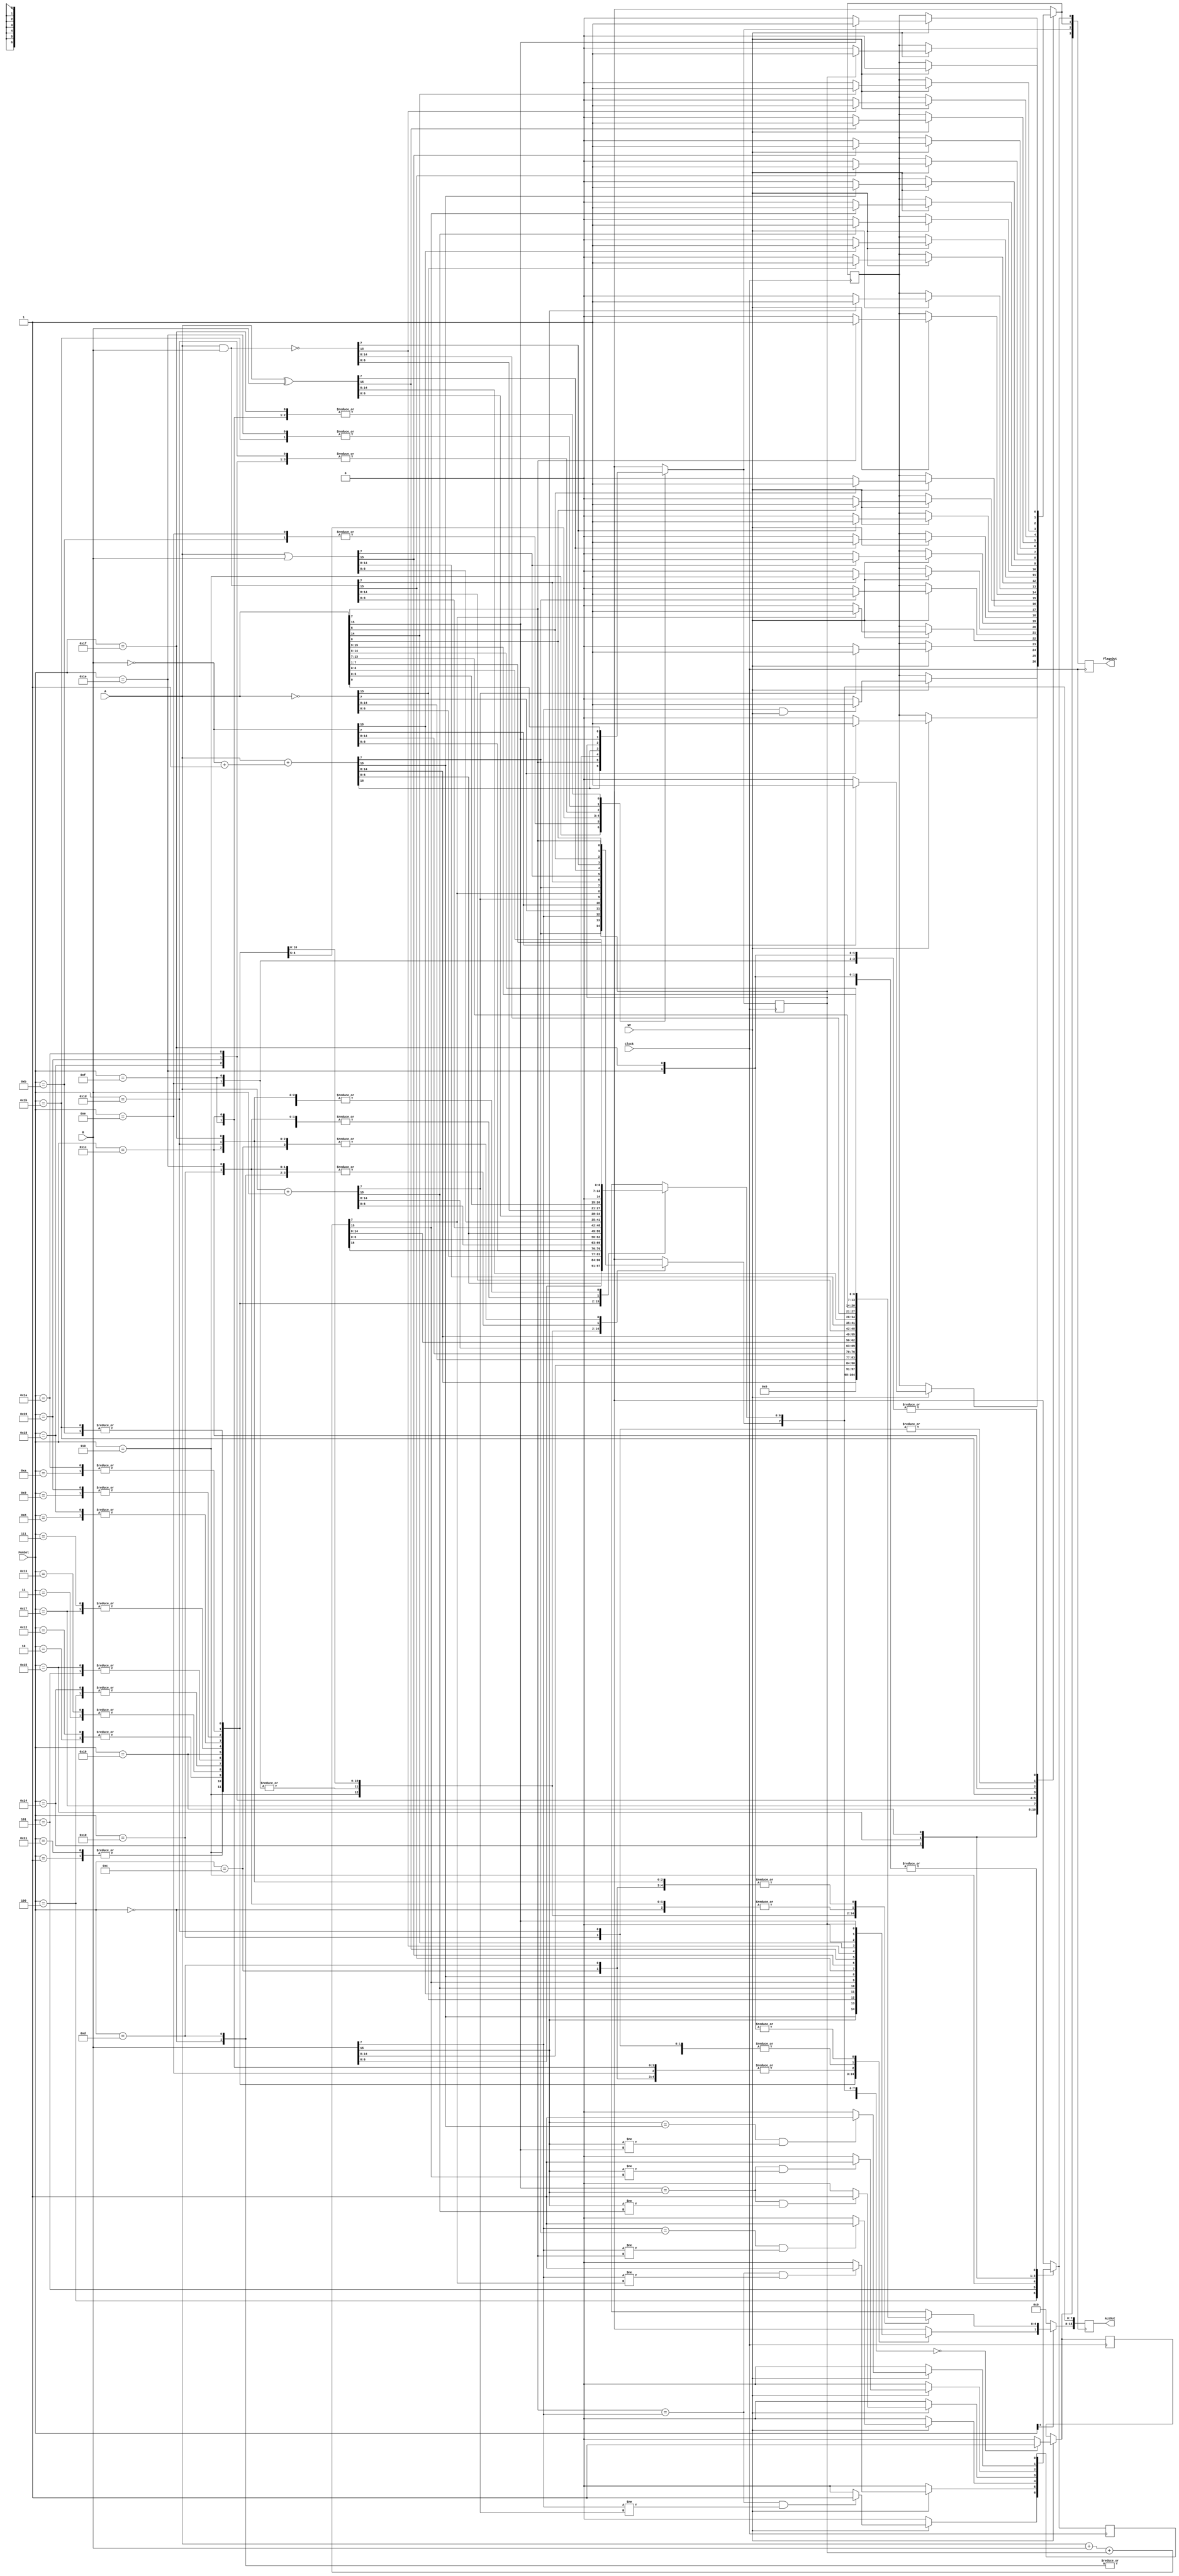
`timescale 1ns / 1ps
//////////////////////////////////////////////////////////////////////////////////
// Company: 
// Engineer: 
// 
// Design Name: 
// Module Name: ArithmeticLogicUnit
// Project Name: 
// Target Devices: 
// Tool Versions: 
// Description: 
// 
// Dependencies: 
// 
// Revision:
// Revision 0.01 - File Created
// Additional Comments:
// 
//////////////////////////////////////////////////////////////////////////////////

///////////////////////////////////////////////////////////
//                        Part 3                         //
///////////////////////////////////////////////////////////

module ArithmeticLogicUnit(A, B, FunSel, ALUOut, FlagsOut,Clock,WF);
    input wire [15:0] A;
    input wire [15:0] B;
    input wire [4:0] FunSel;
    output reg [15:0] ALUOut; 
    input wire Clock;
    input wire WF;
    output reg [3:0] FlagsOut; // Flags: Zero, Carry, Negative, Overflow
    reg Z = 0;
    reg C = 0;
    reg N = 0;
    reg O = 0; 
    // Zero|Carry|Negative|Overflow
    
    always @(posedge Clock) begin
        case (FunSel)
        5'b00000: // OutALU = A
            begin
                ALUOut = A;

                // FLAG UPDATE
                if ( WF == 1) begin
                    if (ALUOut[7] == 1) begin // Negative
                        N = 1;
                    end else begin
                        N = 0;
                    end
                end
            end

        5'b00001: // OutALU = B
            begin
                ALUOut = B;
                if ( WF == 1) begin
                // FLAG UPDATE
                    if (ALUOut[7] == 1 && WF == 1) begin // Negative
                        N = 1;
                    end else begin
                        N = 0;
                    end
                end
            end

        //-----------------------//

        5'b00010: // OutALU = NOT A
            begin
                ALUOut = ~A;
                
                // FLAG UPDATE
                if ( WF == 1) begin
                    if (ALUOut[7] == 1 ) begin // Negative
                        N = 1;
                    end else begin
                        N = 0;
                    end
                end
            end

        5'b00011: // OutALU = NOT B
            begin
                ALUOut = ~B;

                // FLAG UPDATE
                if ( WF == 1) begin
                    if (ALUOut[7] == 1) begin // Negative
                        N = 1;
                    end else begin
                        N = 0;
                    end
                end
            end

        //-----------------------//

        5'b00100: // OutALU = A + B 
            begin
                O = 0;
                ALUOut = A + B ;

                // FLAG UPDATE
                if ( WF == 1) begin
                    if ((A[7] == B[7]) && (B[7] != ALUOut[7])) begin
                        O = 1;
                    end
                    if (ALUOut[7] == 1) begin // Negative
                        N = 1;
                    end else begin
                        N = 0;
                    end
                end
            end

        5'b00101: // OutALU = A + B + Carry
            begin
                O = 0;
                {C, ALUOut} = {1'b0, A} + {1'b0, B} + {8'd0, C};

                // FLAG UPDATE
                if ( WF == 1) begin
                    if ((A[7] == B[7]) && (B[7] != ALUOut[7])) begin
                        O = 1;
                    end
                    if (ALUOut[7] == 1) begin // Negative
                        N = 1;
                    end else begin
                        N = 0;
                    end
                end
            end

        5'b00110: // OutALU = A - B
            begin
                O = 0;
                {C, ALUOut} = {1'b0, A} + {1'b0, (~B + 8'd1)};
                
                // FLAG UPDATE
                if ( WF == 1) begin
                    if ((B[7] == ALUOut[7]) && (B[7] != A[7])) begin
                        O = 1;
                    end
                    if (ALUOut[7] == 1) begin // Negative
                        N = 1;
                    end else begin
                        N = 0;
                    end
                end
            end
        5'b00111: // OutALU = A AND B
            begin
                ALUOut = A & B;

                // FLAG UPDATE
                if ( WF == 1) begin
                    if (ALUOut[7] == 1) begin // Negative
                        N = 1;
                    end else begin
                        N = 0;
                    end
                end
            end

        5'b01000: // OutALU = A OR B
            begin
                ALUOut = A | B;

                // FLAG UPDATE
                if ( WF == 1) begin
                    if (ALUOut[7] == 1) begin // Negative
                        N = 1;
                    end else begin
                        N = 0;
                    end
                end
            end
        5'b01001: // OutALU = A XOR B
            begin
                ALUOut = A ^ B;

                // FLAG UPDATE
                if ( WF == 1) begin
                    if (ALUOut[7] == 1) begin // Negative
                        N = 1;
                    end else begin
                        N = 0;
                    end
                end
            end

        5'b01010: // OutALU = A NAND B
            begin
                ALUOut = ~(A & B);

                // FLAG UPDATE
                if ( WF == 1) begin
                    if (ALUOut[7] == 1) begin // Negative
                        N = 1;
                    end else begin
                        N = 0;
                    end
                end
            end
        //-----------------------//

        5'b01011: // OutALU = LSL A
            begin
                C = A[7];
                ALUOut = A;
                ALUOut = ALUOut << 1;

                // FLAG UPDATE
                if ( WF == 1) begin
                    if (ALUOut[7] == 1) begin // Negative
                        N = 1;
                    end else begin
                        N = 0;
                    end
                end
            end
        5'b01100: // OutALU = LSR A
            begin
                C = A[0];
                ALUOut = A;
                ALUOut = ALUOut >> 1;

                // FLAG UPDATE
                if ( WF == 1) begin
                    if (ALUOut[7] == 1) begin // Negative
                        N = 1;
                    end else begin
                        N = 0;
                    end        
                end
            end

        5'b01101: // OutALU = ASR A
            begin
                ALUOut = A;
                ALUOut = ALUOut >> 1;
                ALUOut[7] = ALUOut[6];
                
                // FLAG UPDATE
                if ( WF == 1) begin
                    if (ALUOut[7] == 1) begin // Negative
                        N = 1;
                    end else begin
                        N = 0;
                    end
                end
            end
         5'b01110: // OutALU = CSL A
            begin
                ALUOut = {C, A[6:0]};
                C = A[7];

                // FLAG UPDATE
                if ( WF == 1) begin
                    if (ALUOut[7] == 1) begin // Negative
                        N = 1;
                    end else begin
                        N = 0;
                    end
                end
            end
        5'b01111: // OutALU = CSR A
            begin
                ALUOut = {C, A[7:1]};
                C = A[0];

                // FLAG UPDATE
                if ( WF == 1) begin
                    if (ALUOut[7] == 1) begin // Negative
                        N = 1;
                    end else begin
                        N = 0;
                    end
                end
            end


        5'b10000: // OutALU = A
            begin
                ALUOut = A;

                // FLAG UPDATE
                if ( WF == 1) begin
                    if (ALUOut[15] == 1) begin // Negative
                        N = 1;
                    end else begin
                        N = 0;
                    end
                end
            end
        5'b10001: // OutALU = B
            begin
                ALUOut = B;

                // FLAG UPDATE
                if ( WF == 1) begin
                    if (ALUOut[15] == 1) begin // Negative
                        N = 1;
                    end else begin
                        N = 0;
                    end
                end
            end
        //-----------------------//

        5'b10010: // OutALU = NOT A
            begin
                ALUOut = ~A;

                // FLAG UPDATE
                if ( WF == 1) begin
                    if (ALUOut[15] == 1) begin // Negative
                        N = 1;
                    end else begin
                        N = 0;
                    end
                end
            end
        5'b10011: // OutALU = NOT B
            begin
                ALUOut = ~B;

                // FLAG UPDATE
                if ( WF == 1) begin
                    if (ALUOut[15] == 1) begin // Negative
                        N = 1;
                    end else begin
                        N = 0;
                    end
                end
            end

        //-----------------------//

        5'b10100: // OutALU = A + B 
            begin
                O = 0;
                ALUOut = A + B;

                // FLAG UPDATE
                if ( WF == 1) begin
                    if ((A[15] == B[15]) && (B[15] != ALUOut[15])) begin
                        O = 1;
                    end
                    if (ALUOut[15] == 1) begin // Negative
                        N = 1;
                    end else begin
                        N = 0;
                    end
                end
            end

        5'b10101: // OutALU = A + B + Carry
            begin
                O = 0;
                {C, ALUOut} = {1'b0, A} + {1'b0, B} + {16'd0, C};

                // FLAG UPDATE
                if ( WF == 1) begin
                    if ((A[15] == B[15]) && (B[15] != ALUOut[15])) begin
                        O = 1;
                    end
                    if (ALUOut[15] == 1) begin // Negative
                        N = 1;
                    end else begin
                        N = 0;
                    end
                end
            end

        5'b10110: // OutALU = A - B
            begin
                O = 0;
                {C, ALUOut} = {1'b0, A} + {1'b0, (~B + 16'd1)};
                
                // FLAG UPDATE
                if ( WF == 1) begin
                    if ((B[15] == ALUOut[15]) && (B[15] != A[15])) begin
                        O = 1;
                    end
                    if (ALUOut[15] == 1) begin // Negative
                        N = 1;
                    end else begin
                        N = 0;
                    end
                end
            end
        5'b10111: // OutALU = A AND B
            begin
                ALUOut = A & B;

                // FLAG UPDATE
                if ( WF == 1) begin
                    if (ALUOut[15] == 1) begin // Negative
                        N = 1;
                    end else begin
                        N = 0;
                    end
                end
            end

        5'b11000: // OutALU = A OR B
            begin
                ALUOut = A | B;

                // FLAG UPDATE
                if ( WF == 1) begin
                    if (ALUOut[15] == 1) begin // Negative
                        N = 1;
                    end else begin
                        N = 0;
                    end
                end
            end

        5'b11001: // OutALU = A XOR B
            begin
                ALUOut = A ^ B;

                // FLAG UPDATE
                if ( WF == 1) begin
                    if (ALUOut[15] == 1) begin // Negative
                        N = 1;
                    end else begin
                        N = 0;
                    end
                end
            end

        5'b11010: // OutALU = A NAND B
            begin
                ALUOut = ~(A & B);

                // FLAG UPDATE
                if ( WF == 1) begin
                    if (ALUOut[15] == 1) begin // Negative
                        N = 1;
                    end else begin
                        N = 0;
                    end
                end
            end
        //-----------------------//

        5'b11011: // OutALU = LSL A
            begin
                C = A[15];
                ALUOut = A;
                ALUOut = ALUOut << 1;

                // FLAG UPDATE
                if ( WF == 1) begin
                    if (ALUOut[15] == 1) begin // Negative
                        N = 1;
                    end else begin
                        N = 0;
                    end
                end
            end

        5'b11100: // OutALU = LSR A
            begin
                C = A[0];
                ALUOut = A;
                ALUOut = ALUOut >> 1;

                // FLAG UPDATE
                if ( WF == 1) begin
                    if (ALUOut[15] == 1) begin // Negative
                        N = 1;
                    end else begin
                        N = 0;
                    end        
                end
            end


        5'b11101: // OutALU = ASR A
            begin
                ALUOut = A;
                ALUOut = ALUOut >> 1;
                ALUOut[15] = ALUOut[14];
                
                // FLAG UPDATE
                if ( WF == 1) begin
                    if (ALUOut[15] == 1) begin // Negative
                        N = 1;
                    end else begin
                        N = 0;
                    end
                end
            end
         5'b11110: // OutALU = CSL A
            begin
                ALUOut = {C, A[14:0]};
                C = A[15];

                // FLAG UPDATE
                if ( WF == 1) begin
                    if (ALUOut[15] == 1) begin // Negative
                        N = 1;
                    end else begin
                        N = 0;
                    end
                end
            end
        5'b11111: // OutALU = CSR A
            begin
                ALUOut = {C, A[15:1]};
                C = A[0];

                // FLAG UPDATE
                if ( WF == 1) begin
                    if (ALUOut[15] == 1) begin // Negative
                        N = 1;
                    end else begin
                        N = 0;
                    end
                end
            end
            

        default: // Return A
            begin
                ALUOut = A;

                // FLAG UPDATE
                if ( WF == 1) begin
                    if (ALUOut[15] == 1) begin // Negative
                        N = 1;
                    end else begin
                        N = 0;
                    end
                end
            end
        endcase
        if ( WF == 1) begin
            if (ALUOut == 16'd0) begin // Zero
                Z = 1;
            end else begin
                Z = 0;
            end
        end
        if (FunSel[4] == 1'b0) begin // Input 8 Bit
                        ALUOut[15:8] <= {8{1'b0}}; 
        end
        FlagsOut <= {Z,C,N,O};
    end
        
endmodule